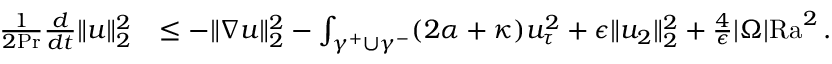
\begin{array} { r l } { \frac { 1 } { 2 \mathrm { P r } } \frac { d } { d t } \| u \| _ { 2 } ^ { 2 } } & { \leq - \| \nabla u \| _ { 2 } ^ { 2 } - \int _ { \gamma ^ { + } \cup \gamma ^ { - } } ( 2 \alpha + \kappa ) u _ { \tau } ^ { 2 } + \epsilon \| u _ { 2 } \| _ { 2 } ^ { 2 } + \frac { 4 } { \epsilon } | \Omega | \mathrm { { R a } } ^ { 2 } \, . } \end{array}